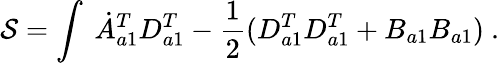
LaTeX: \mathcal{S}=\int\ \dot{{A}}_{a1}^{T}D_{a1}^{T}-\frac{{1}}{{2}}(D_{a1}^{T}D_{a1}^{T}+B_{a1}B_{a1})\ .